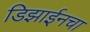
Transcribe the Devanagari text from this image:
डिझाईनचा